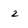
Character: 2